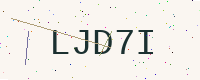
Text: LJD7I